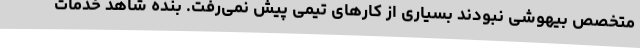
متخصص بیهوشی نبودند بسیاری از کارهای تیمی پیش نمی‌رفت. بنده شاهد خدمات